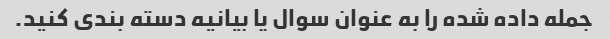
جمله داده شده را به عنوان سوال یا بیانیه دسته بندی کنید.